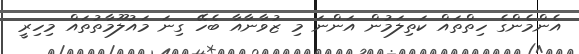
އެންމެންގެ ހިތްތައް ކަތިލަމުން އަންނަ މި ޒުވާނާއާ ބެހޭ ގިނަ މައުލޫމާތުތައް މިހިރީ